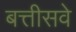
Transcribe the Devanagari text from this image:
बत्तीसवे